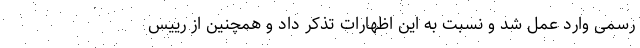
رسمی وارد عمل شد و نسبت به این اظهارات تذکر داد و همچنین از رییس